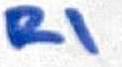
Text: R1